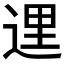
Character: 𨓦